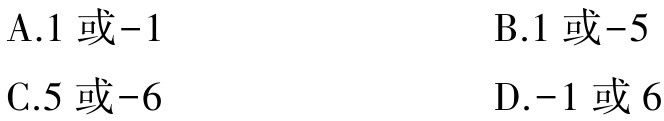
A.1 或-1

B.1 或-5

C.5 或-6

D.-1 或6